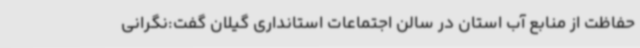
حفاظت از منابع آب استان در سالن اجتماعات استانداری گیلان گفت:نگرانی